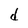
Character: d